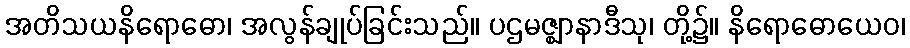
အတိသယနိရောဓော၊ အလွန်ချုပ်ခြင်းသည်။ ပဌမဇ္ဈာနာဒီသု၊ တို့၌။ နိရောဓောယေဝ၊